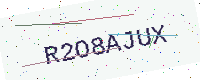
Text: R2O8AJUX